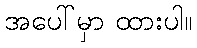
အပေါ်မှာ ထားပါ။